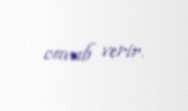
cavab verir.